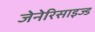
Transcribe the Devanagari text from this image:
जेनेरिसाइज्ड